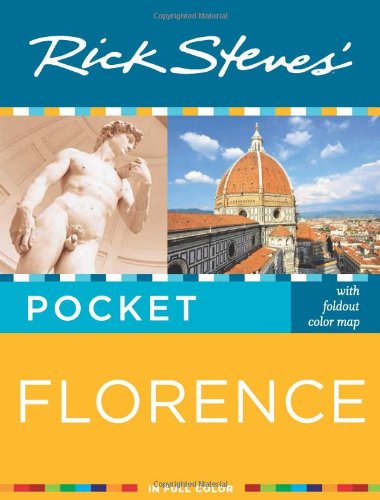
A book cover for Rick Steves' Pocket Florence; Rick Steves; Travel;